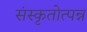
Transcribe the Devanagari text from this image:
संस्कृतोत्पन्न